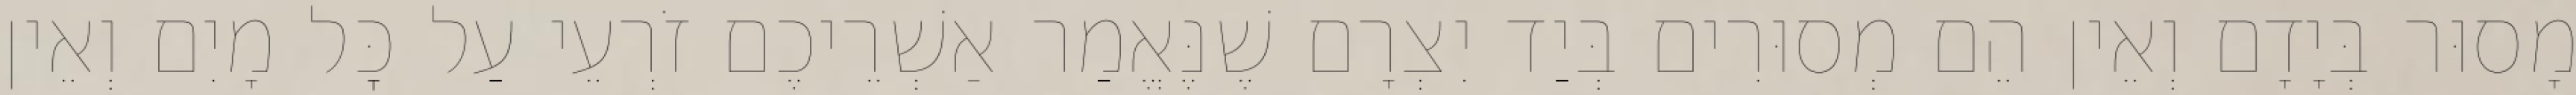
מָסוּר בְּיָדָם וְאֵין הֵם מְסוּרִים בְּיַד יִצְרָם שֶׁנֶּאֱמַר אַשְׁרֵיכֶם זֹרְעֵי עַל כׇּל מָיִם וְאֵין